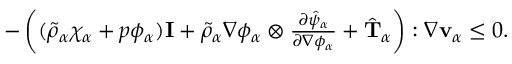
\begin{array} { r } { - \left( ( \tilde { \rho } _ { \alpha } \chi _ { \alpha } + p \phi _ { \alpha } ) \mathbf { I } + \tilde { \rho } _ { \alpha } \nabla \phi _ { \alpha } \otimes \frac { \partial \hat { \psi } _ { \alpha } } { \partial \nabla \phi _ { \alpha } } + \hat { \mathbf { T } } _ { \alpha } \right) : \nabla \mathbf { v } _ { \alpha } \leq 0 . } \end{array}